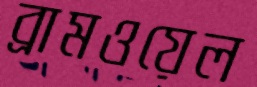
ব্রামওয়েল